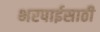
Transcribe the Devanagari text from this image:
भरपाईसाठी